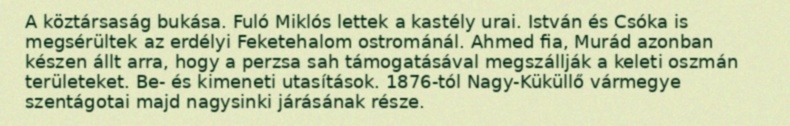
A köztársaság bukása. Fuló Miklós lettek a kastély urai. István és Csóka is megsérültek az erdélyi Feketehalom ostrománál. Ahmed fia, Murád azonban készen állt arra, hogy a perzsa sah támogatásával megszállják a keleti oszmán területeket. Be- és kimeneti utasítások. 1876-tól Nagy-Küküllő vármegye szentágotai majd nagysinki járásának része.